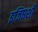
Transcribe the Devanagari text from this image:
इजिप्तशी